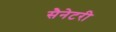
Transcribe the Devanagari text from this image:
सैनेटरी